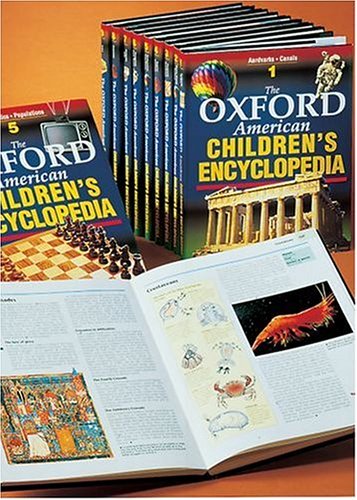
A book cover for Oxford American Children's Encyclopedia: 9-volume set; Oxford University Press; Reference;